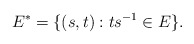
\begin{align*}E^* = \{(s,t) : ts^{-1}\in E\}.\end{align*}